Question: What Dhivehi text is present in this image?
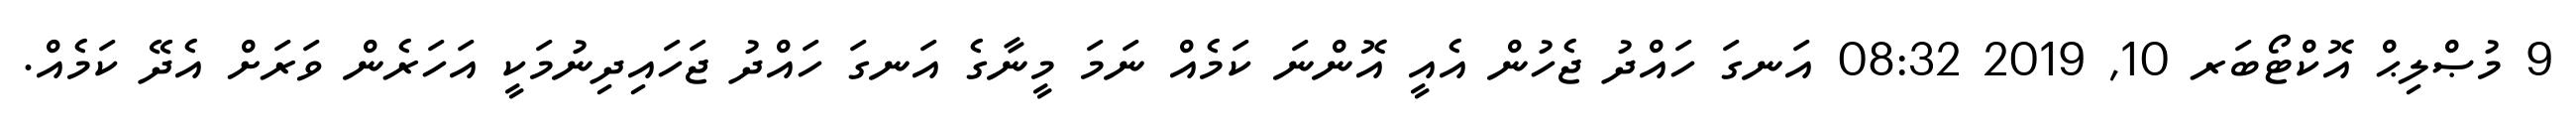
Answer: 9 މުޞްލިޙް އޮކްޓޯބަރ 10, 2019 08:32 އަނގަ ހައްދު ޖެހުން އެއީ އޮންނަ ކަމެއް ނަމަ މީނާގެ އަނގަ ހައްދު ޖަހައިދިނުމަކީ އަހަރެން ވަރަށް އެދޭ ކަމެއް.